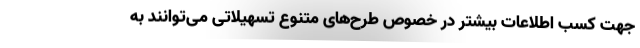
جهت کسب اطلاعات بیشتر در خصوص طرح‌های متنوع تسهیلاتی می‌توانند به